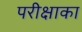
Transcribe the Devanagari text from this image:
परीक्षाका